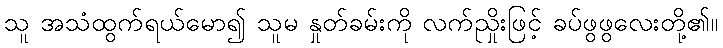
သူ အသံထွက်ရယ်မော၍ သူမ နှုတ်ခမ်းကို လက်ညှိုးဖြင့် ခပ်ဖွဖွလေးတို့၏။